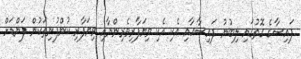
ފައިސާގެ ގޮތުގައި ލިބުނު ފައިސާއާއި އެކި އެކި ވިޔަފާރިވެރިންނާއި ވިޔަފާރި ކުންފުނިތަކުން ފަންޑަށް